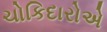
ચોકિદારોએ